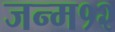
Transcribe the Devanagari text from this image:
जन्म१२